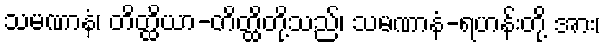
သမဏာနံ၊ တိတ္ထိယာ-တိတ္ထိတို့သည်၊ သမဏာနံ-ရဟန်းတို့ အား၊